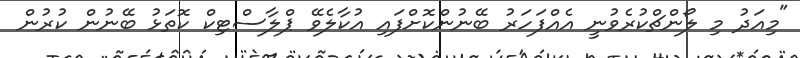
"މިއަދު މި ލޯންޗްކުރެވުނީ އެއްފަހަރު ބޭނުންކޮށްފައި އުކާލެވޭ ޕްލާސްޓިކް ކޮތަޅު ބޭނުން ކުރުން